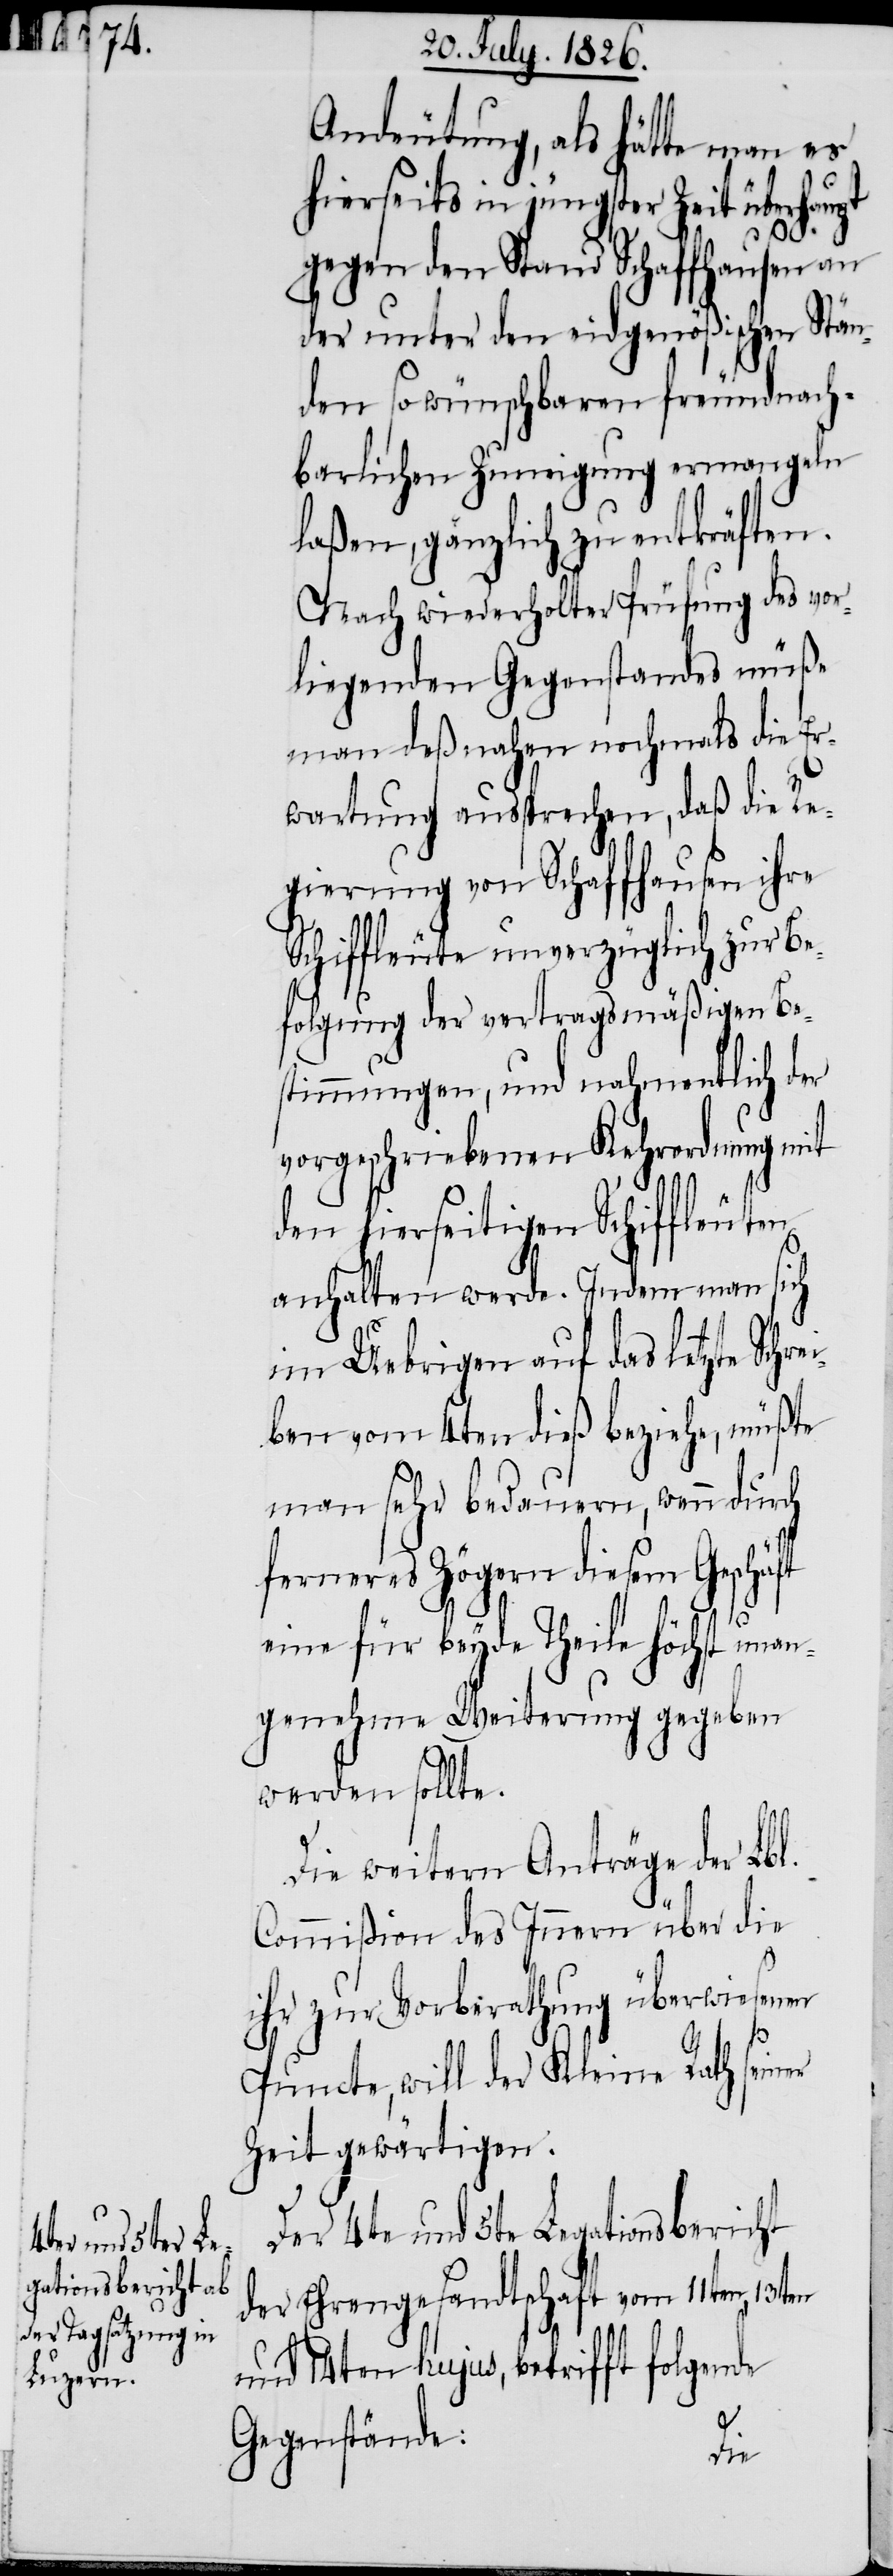
Andeutung, als hätte man es
hierseits in jüngster Zeit überhau¬
gegen den Stand Schaffhausen an
der unter den eidgenößischen Stän¬
den so wünschbaren freundnach¬
barlichen Zuneigung ermangeln
laßen, gänzlich zu entkräften.
Nach wiederholter Prüfung des vor¬
liegenden Gegenstandes müße
man deßnahen nochmals die Er¬
wartung aussprechen, daß die Re¬
gierung von Schaffhausen ihre
Schiffleute unverzüglich zur Be¬
folgung der vertragsmäßigen Be¬
stimmungen, und nahmentlich der
vorgeschriebenen Kehrordnung mit
den hierseitigen Schiffleuten
anhalten werde. Indem man sich
im Uebrigen auf das letzte Schre¬
iben vom 4ten dieß beziehe, müßte
man sehr bedauern, wenn durch
ferneres Zögern diesem Geschä¬
ft
eine für beyde Theile höchst unan¬
genehme Weiterung gegeben
werden sollte.
Die weitern Anträge der Lbl.
Commißion des Innern über die
ihr zur Vorberathung überwiesenen
Puncte, will der Kleine Rath seiner
Zeit gewärtigen.
Der 4te und 5te Legationsbericht
der Ehrengesandtschaft vom 11ten, 13ten
und 14ten hujus, betrifft folgende
Gegenstände: